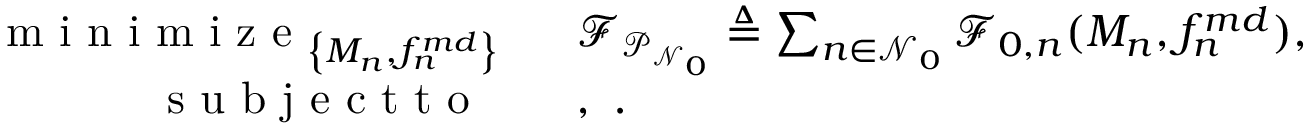
\begin{array} { r l } { \mathop { \textrm { m i n i m i z e } } _ { \left\{ M _ { n } , f _ { n } ^ { m d } \right\} } \ \ } & { \mathcal { F } _ { \mathcal { P } _ { \mathcal { N } _ { 0 } } } \triangleq \sum _ { n \in \mathcal { N } _ { 0 } } \mathcal { F } _ { 0 , n } ( { M _ { n } } , { f _ { n } ^ { m d } } ) , } \\ { \textrm { s u b j e c t t o } \ \ \ } & { , \ . } \end{array}